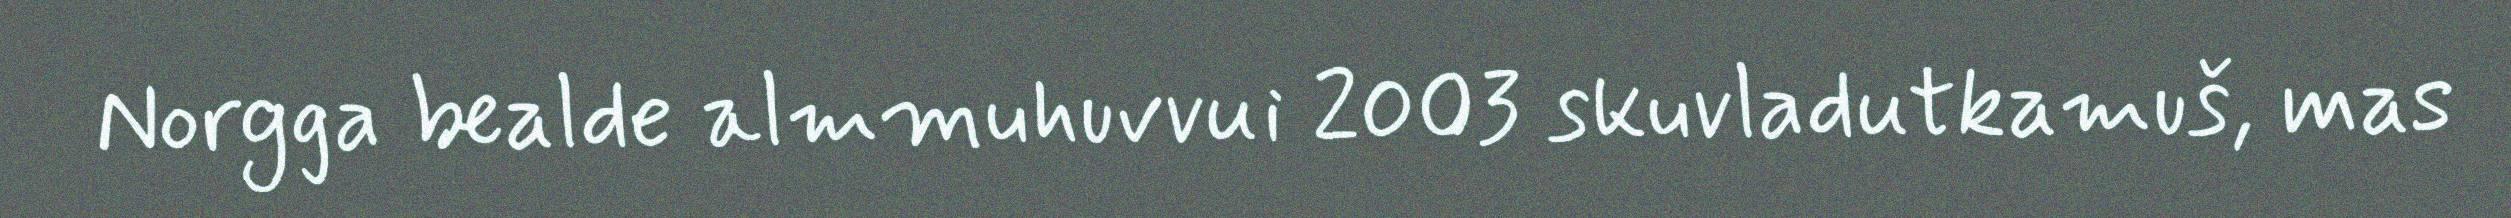
Norgga bealde almmuhuvvui 2003 skuvladutkamuš, mas